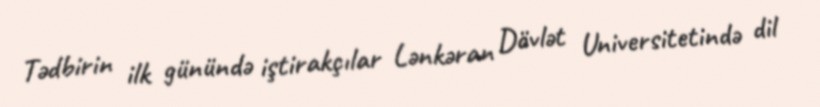
Tədbirin ilk günündə iştirakçılar Lənkəran Dövlət Universitetində dil